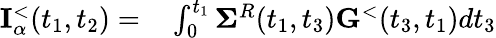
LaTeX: \begin{array}{rl}{{\mathbf I}_{\alpha}^{<}(t_{1},t_{2})=}&{{}\int_{0}^{t_{1}}{\mathbf\Sigma}^{R}(t_{1},t_{3}){\mathbf G}^{<}(t_{3},t_{1})dt_{3}}\end{array}